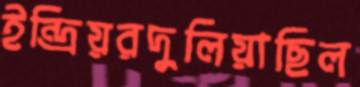
ইন্দ্রিয়রদুলিয়াছিল